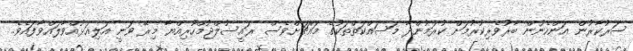
ސަރުކާރުން އަންހެނުން ބާރުވެރިކުރުމަށް ކުރަމުންދާ މަސައްކަތްތަކުގެ މައްޗަށްވެސް ރައީސުލްޖުމްހޫރިއްޔާ މިރޭ ވަނީ އަލިއަޅުއްވާލައްވާފައެވެ.